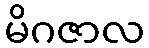
မိဂဇာလ